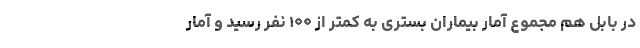
در بابل هم مجموع آمار بیماران بستری به کمتر از ۱۰۰ نفر رسید و آمار